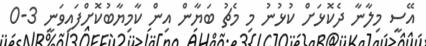
އޭސީ މިލާނާ ދެކޮޅަށް ކުޅުނު މި މެޗު ބަޔާން އިން ކާމިޔާބުކޮށްފައިވަނީ 3-0